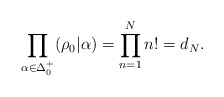
\begin{align*}\prod\limits_{\alpha\in\Delta_0^+}(\rho_0|\alpha)= \prod_{n=1}^Nn! =d_N.\end{align*}